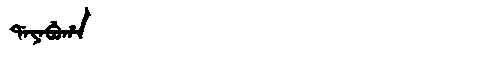
Manchu: ᡩᠠᠶᠠᠪᡠᡥᠠ
Romanization: DAYABUHA